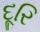
દૂરિ